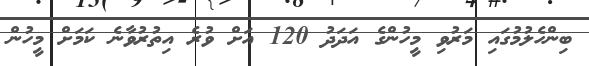
ބިންހެލުމުގައި މަރުވި މީހުންގެ އަދަދު 120 އަށް ވުރެ އިތުރުވާނެ ކަމަށް މީހުން